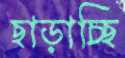
ছাড়াচ্ছি